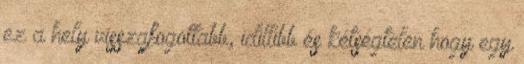
ez a hely visszafogottabb, idillibb és kétségtelen hogy egy